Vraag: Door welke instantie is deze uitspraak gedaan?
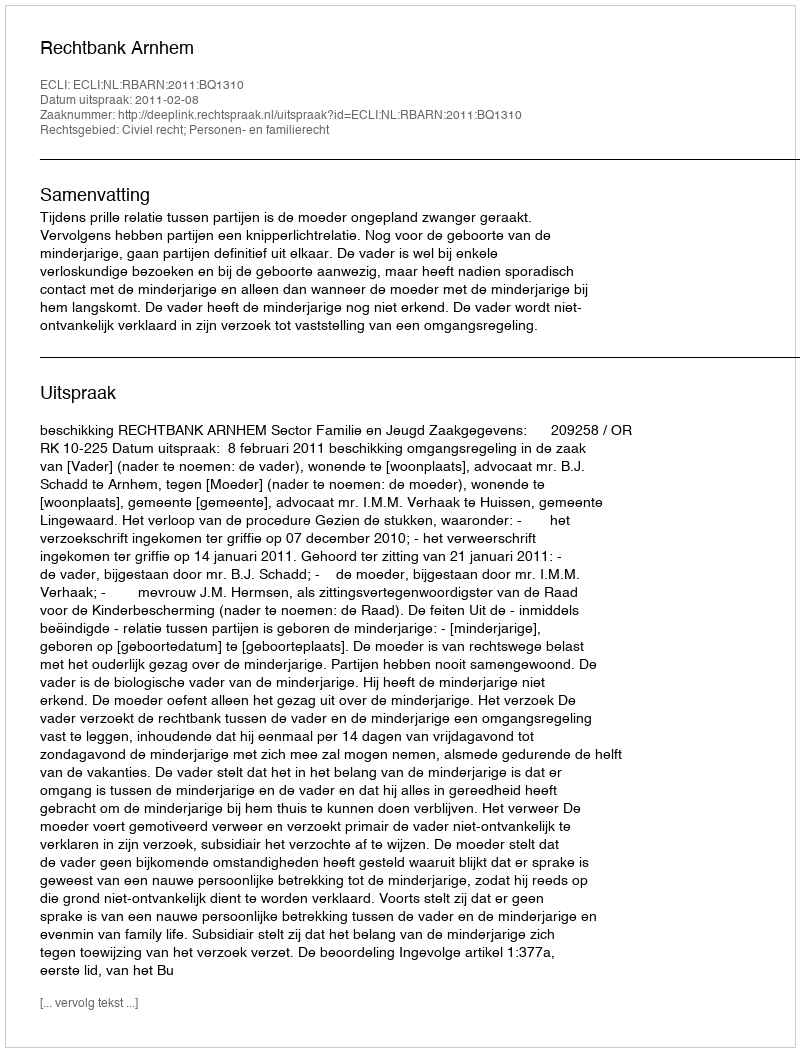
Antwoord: Rechtbank Arnhem